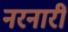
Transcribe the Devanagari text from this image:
नरनारीं